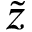
\tilde { z }